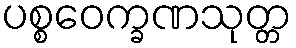
ပစ္စဝေက္ခဏသုတ္တ